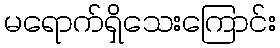
မရောက်ရှိသေးကြောင်း